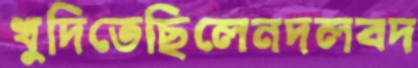
খুদিতেছিলেনদলবদ